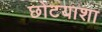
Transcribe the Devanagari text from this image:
छोटयाशा